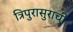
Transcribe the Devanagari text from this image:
त्रिपुरासुराची